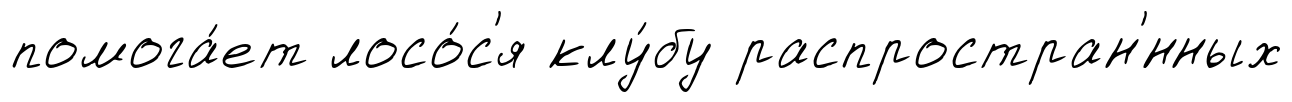
помога́ет лосо́с'я клу́бу распростран'́нных